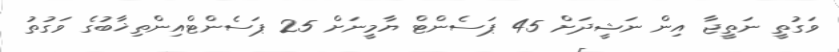
ވަގުތީ ނަތީޖާ އިން ނަޝީދަށް 45 ޕަސެންޓް ޔާމީނަށް 25 ޕަސެންޓްއިންތިޚާބުގެ ވަގުތު